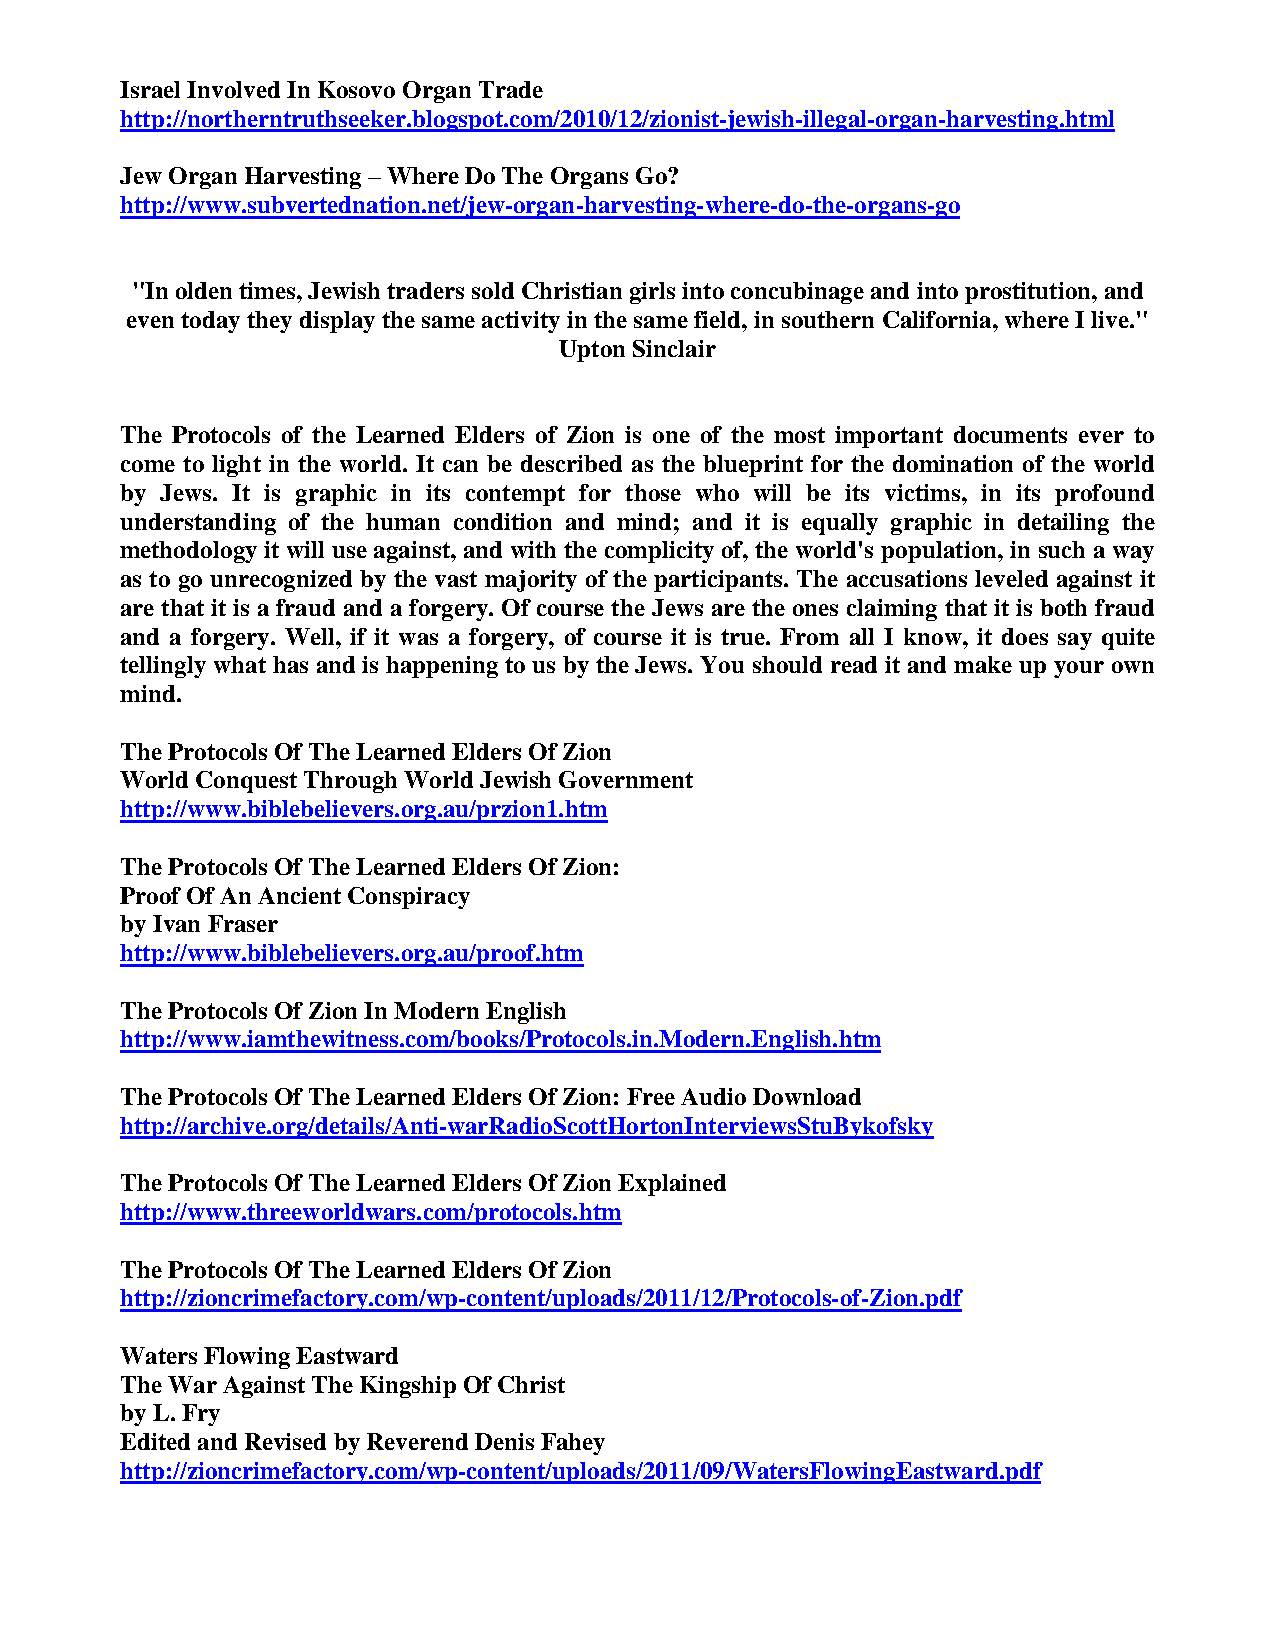
Israel Involved In Kosovo Organ Trade
 http://northerntruthseeker.blogspot.com/2010/12/zionist-jewish-illegal-organ-harvesting.html
 Jew Organ Harvesting – Where Do The Organs Go?
 http://www.subvertednation.net/jew-organ-harvesting-where-do-the-organs-go
 "In olden times, Jewish traders sold Christian girls into concubinage and into prostitution, and
 even today they display the same activity in the same field, in southern California, where I live."
 Upton Sinclair
 The Protocols of the Learned Elders of Zion is one of the most important documents ever to
 come to light in the world. It can be described as the blueprint for the domination of the world
 by Jews. It is graphic in its contempt for those who will be its victims, in its profound
 understanding of the human condition and mind; and it is equally graphic in detailing the
 methodology it will use against, and with the complicity of, the world's population, in such a way
 as to go unrecognized by the vast majority of the participants. The accusations leveled against it
 are that it is a fraud and a forgery. Of course the Jews are the ones claiming that it is both fraud
 and a forgery. Well, if it was a forgery, of course it is true. From all I know, it does say quite
 tellingly what has and is happening to us by the Jews. You should read it and make up your own
 mind.
 The Protocols Of The Learned Elders Of Zion
 World Conquest Through World Jewish Government
 http://www.biblebelievers.org.au/przion1.htm
 The Protocols Of The Learned Elders Of Zion:
 Proof Of An Ancient Conspiracy
 by Ivan Fraser
 http://www.biblebelievers.org.au/proof.htm
 The Protocols Of Zion In Modern English
 http://www.iamthewitness.com/books/Protocols.in.Modern.English.htm
 The Protocols Of The Learned Elders Of Zion: Free Audio Download
 http://archive.org/details/Anti-warRadioScottHortonInterviewsStuBykofsky
 The Protocols Of The Learned Elders Of Zion Explained
 http://www.threeworldwars.com/protocols.htm
 The Protocols Of The Learned Elders Of Zion
 http://zioncrimefactory.com/wp-content/uploads/2011/12/Protocols-of-Zion.pdf
 Waters Flowing Eastward
 The War Against The Kingship Of Christ
 by L. Fry
 Edited and Revised by Reverend Denis Fahey
 http://zioncrimefactory.com/wp-content/uploads/2011/09/WatersFlowingEastward.pdf